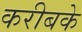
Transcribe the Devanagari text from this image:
करीबके